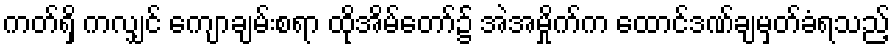
ကတ်ရှိ ကလျှင် ကျောချမ်းစရာ ထိုအိမ်တော်၌ အဲအမှိုက်က ထောင်ဒဏ်ချမှတ်ခံရသည့်